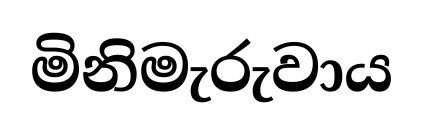
මිනිමැරුවාය